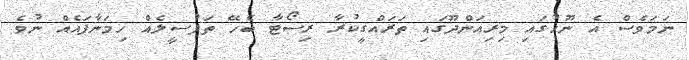
ނަމަވެސް އެ ނޫހުގައި މިރިއަންދޫގައި ތަރައްގީކުރާ ރިސޯޓާ ބެހޭ ތަފުސީލެއް ހިމަނާފައެއް ނުވެ